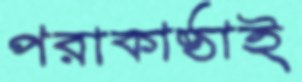
পরাকাষ্ঠাই